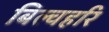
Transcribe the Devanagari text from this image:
बिल्वहरि